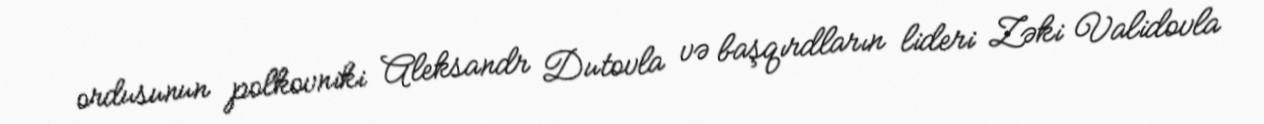
ordusunun polkovniki Aleksandr Dutovla və başqırdların lideri Zəki Validovla